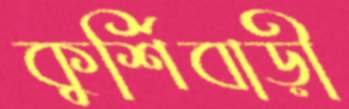
কুর্শিবাড়ী